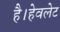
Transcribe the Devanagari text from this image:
है।हेवलेट